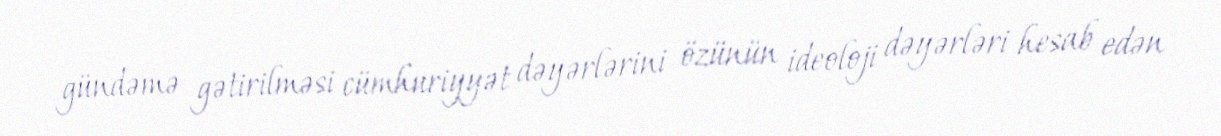
gündəmə gətirilməsi cümhuriyyət dəyərlərini özünün ideoloji dəyərləri hesab edən